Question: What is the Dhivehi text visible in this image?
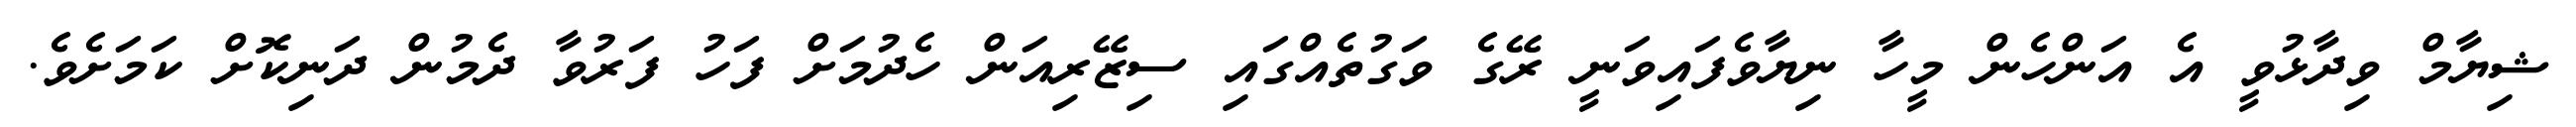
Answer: ޝިޔާމް ވިދާޅުވީ އެ އަންހެން މީހާ ނިޔާވެފައިވަނީ ރޭގެ ވަގުތެއްގައި ސިޒޭރިއަން ހެދުމަށް ފަހު ފަރުވާ ދެމުން ދަނިކޮށް ކަމަށެވެ.